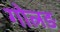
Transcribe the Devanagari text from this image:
गोलङ